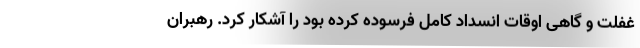
غفلت و گاهی اوقات انسداد کامل فرسوده کرده بود را آشکار کرد. رهبران